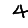
Digit: 4